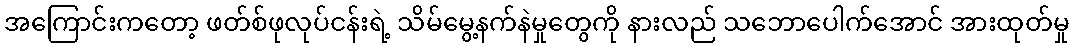
အကြောင်းကတော့ ဖတ်စ်ဖုလုပ်ငန်းရဲ့ သိမ်မွေ့နက်နဲမှုတွေကို နားလည် သဘောပေါက်အောင် အားထုတ်မှု